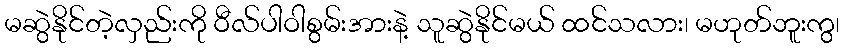
မဆွဲနိုင်တဲ့လှည်းကို ဝီလ်ပါဝါစွမ်းအားနဲ့ သူဆွဲနိုင်မယ် ထင်သလား၊ မဟုတ်ဘူးကွ၊